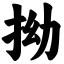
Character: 拗